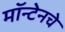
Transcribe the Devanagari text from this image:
मॉन्टेनचे